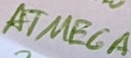
Text: ATMEGA